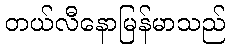
တယ်လီနောမြန်မာသည်